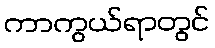
ကာကွယ်ရာတွင်